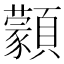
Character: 𩕱